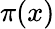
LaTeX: \pi(x)